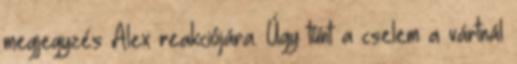
megjegyzés Alex reakciójára. Úgy tűnt a cselem a vártnál